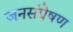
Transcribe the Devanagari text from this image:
जनसंप्रेषण